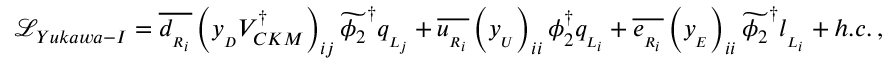
{ \mathcal L } _ { Y u k a w a - I } = \overline { { { d _ { _ { R _ { i } } } } } } \left( y _ { _ { D } } V _ { C K M } ^ { \dagger } \right) _ { i j } \widetilde { \phi _ { 2 } } ^ { \dagger } q _ { _ { L _ { j } } } + \overline { { { u _ { _ { R _ { i } } } } } } \left( y _ { _ { U } } \right) _ { i i } \phi _ { 2 } ^ { \dagger } q _ { _ { L _ { i } } } + \overline { { { e _ { _ { R _ { i } } } } } } \left( y _ { _ { E } } \right) _ { i i } \widetilde { \phi _ { 2 } } ^ { \dagger } l _ { _ { L _ { i } } } + h . c . \, ,